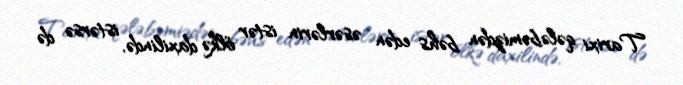
Tarixi qələbəmizdən bəhs edən əsərlərin istər ölkə daxilində, istərsə də